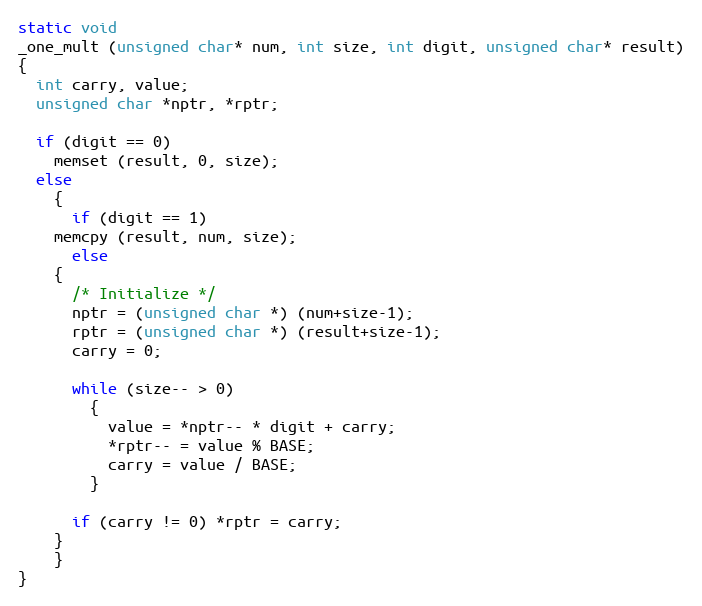
Language: C++
static void
_one_mult (unsigned char* num, int size, int digit, unsigned char* result)
{
  int carry, value;
  unsigned char *nptr, *rptr;

  if (digit == 0)
    memset (result, 0, size);
  else
    {
      if (digit == 1)
	memcpy (result, num, size);
      else
	{
	  /* Initialize */
	  nptr = (unsigned char *) (num+size-1);
	  rptr = (unsigned char *) (result+size-1);
	  carry = 0;

	  while (size-- > 0)
	    {
	      value = *nptr-- * digit + carry;
	      *rptr-- = value % BASE;
	      carry = value / BASE;
	    }

	  if (carry != 0) *rptr = carry;
	}
    }
}